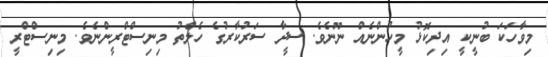
މިވާހަކަ ބުނީކީ އިދިކޮޅު މީހުންނެއް ނޫނެވެ. ސީދާ ސަރުކާރުގެ ހެލްތު މިނިސްޓްރީންނެވެ. މިނިސްޓްރީ